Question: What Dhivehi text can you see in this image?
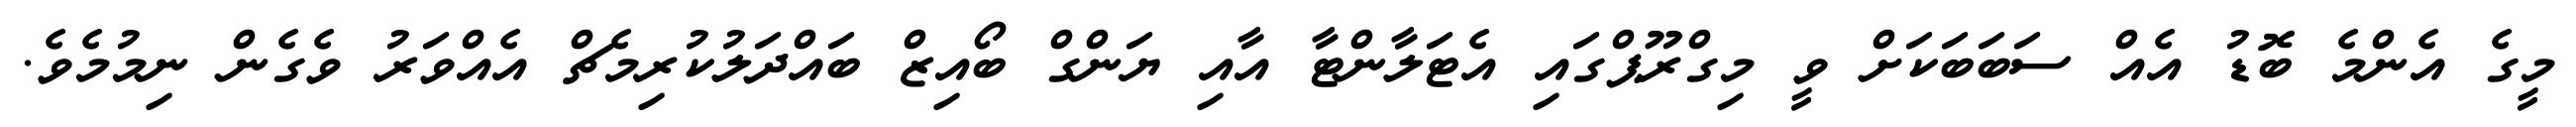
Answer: މީގެ އެންމެ ބޮޑު އެއް ސަބަބަކަށް ވީ މިގްރޫޕްގައި އެޓަލާންޓާ އާއި ޔަންގް ބޯއިޒް ބައްދަލުކުރިމެޗް އެއްވަރު ވެގެން ނިމުމެވެ.